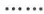
......